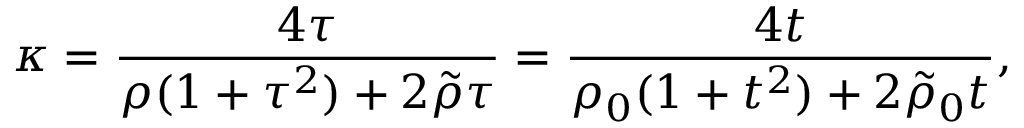
\kappa = { \frac { 4 \tau } { \rho ( 1 + \tau ^ { 2 } ) + 2 \tilde { \rho } \tau } } = { \frac { 4 t } { \rho _ { 0 } ( 1 + t ^ { 2 } ) + 2 \tilde { \rho } _ { 0 } t } } ,